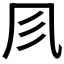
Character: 𠘱